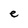
Character: e